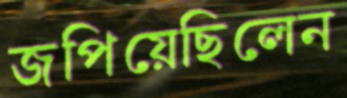
জপিয়েছিলেন